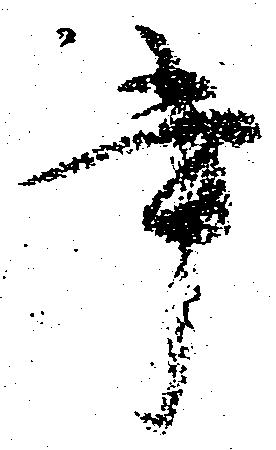
書